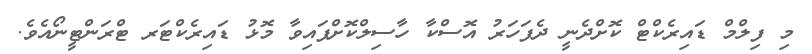
މި ފިލްމް ޑައިރެކްޓް ކޮށްދެނީ ދެފަހަރު އޮސްކާ ހާސިލްކޮށްފައިވާ މޮޅު ޑައިރެކްޓަރ ޓްރަންޓީނޯއެވެ.